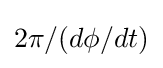
2\pi /(d\phi /dt)